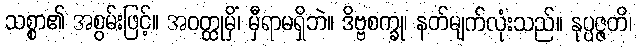
သစ္စာ၏ အစွမ်းဖြင့်။ အဝတ္ထုမှိံ၊ မှီရာမရှိဘဲ။ ဒိဗ္ဗစက္ခု၊ နတ်မျက်လုံးသည်။ နုပ္ပဇ္ဇတိ၊